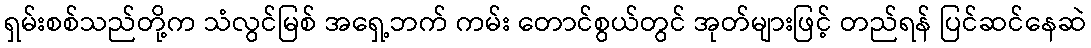
ရှမ်းစစ်သည်တို့က သံလွင်မြစ် အရှေ့ဘက် ကမ်း တောင်စွယ်တွင် အုတ်များဖြင့် တည်ရန် ပြင်ဆင်နေဆဲ